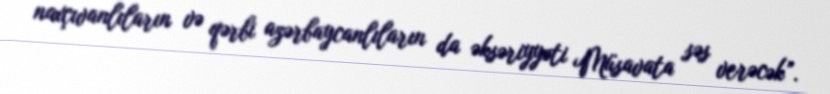
naxçıvanlıların və qərbi azərbaycanlıların da əksəriyyəti Müsavata səs verəcək”.